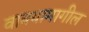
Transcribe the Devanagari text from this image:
वाक्यामागील